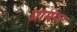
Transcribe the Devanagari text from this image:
प्रामण